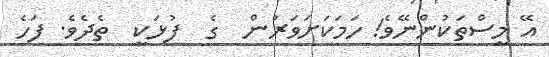
އޭ މީސްތަކުންނޭވެ! ހަމަކަށަވަރުން  ގެ  ފުޅަކީ  ތެދެވެ. ފަހެ